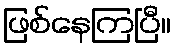
ဖြစ်နေကြပြီ။